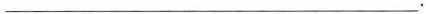
___